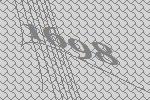
1698